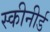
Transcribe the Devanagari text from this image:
स्कीनीर्ड